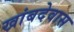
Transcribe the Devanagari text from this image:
खांबदेवास